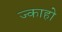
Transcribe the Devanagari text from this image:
ज्काहो